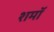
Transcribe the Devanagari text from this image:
शमॉ